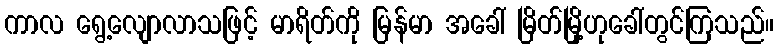
ကာလ ရွေ့လျောလာသဖြင့် မာရိတ်ကို မြန်မာ အခေါ် မြိတ်မြို့ဟုခေါ်တွင်ကြသည်။